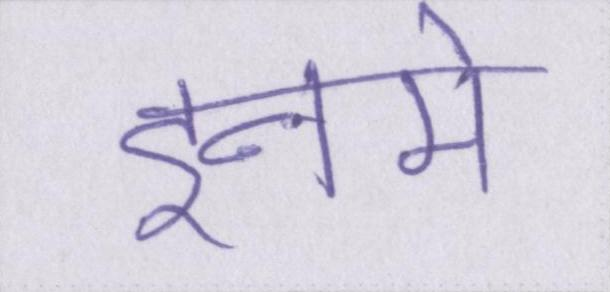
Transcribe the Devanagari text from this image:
इनमे